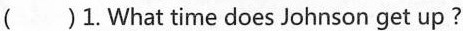
( )1. What time does Johnson get up?